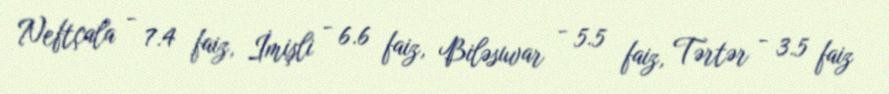
Neftçala - 7.4 faiz, İmişli - 6.6 faiz, Biləsuvar - 5.5 faiz, Tərtər - 3.5 faiz